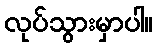
လုပ်သွားမှာပါ။